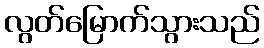
လွတ်မြောက်သွားသည်